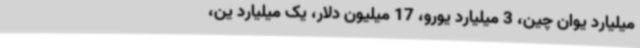
میلیارد یوان چین، 3 میلیارد یورو، 17 میلیون دلار، یک میلیارد ین،